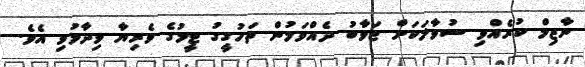
ނާޒިމް ކުރެއްވި ސުވާލަކަށް ޖަވާބު ދެއްވަމުން ތަހުގީގު ޓީމުގެ ވެރިޔާ ވިދާޅުވި އެވެ.